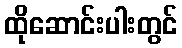
ထိုဆောင်းပါးတွင်